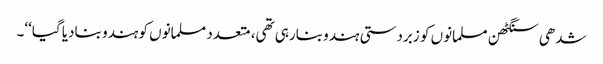
شدھی سنگٹھن مسلمانوں کو زبردستی ہندو بنارہی تھی، متعدد مسلمانوں کو ہندو بنادیا گیا‘‘۔